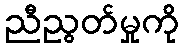
ညီညွတ်မှုကို